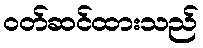
ဝတ်ဆင်ထားသည်